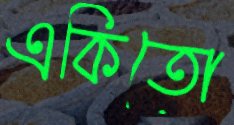
একিতো